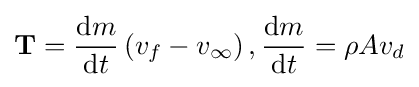
\mathbf {T} ={\frac {\mathrm {d} m}{\mathrm {d} t}}\left(v_{f}-v_{\infty }\right),{\frac {\mathrm {d} m}{\mathrm {d} t}}=\rho Av_{d}